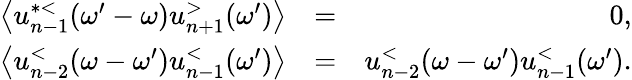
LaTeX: \begin{array}{rlr}{\left\langle u_{n-1}^{*<}(\omega^{\prime}-\omega)u_{n+1}^{>}(\omega^{\prime})\right\rangle}&{=}&{0,}\\ {\left\langle u_{n-2}^{<}(\omega-\omega^{\prime})u_{n-1}^{<}(\omega^{\prime})\right\rangle}&{=}&{u_{n-2}^{<}(\omega-\omega^{\prime})u_{n-1}^{<}(\omega^{\prime}).}\end{array}